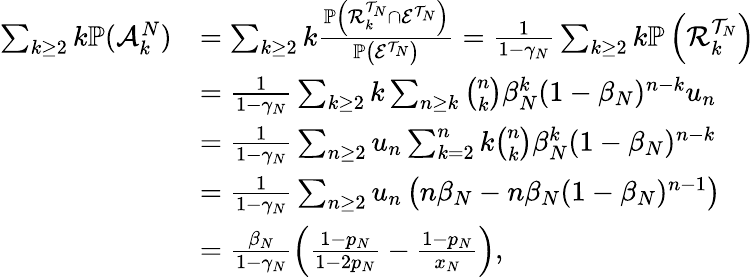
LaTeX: \begin{array}{rl}{\sum_{k\geq 2}k\mathbb{P}(\mathcal{A}_{k}^{N})}&{=\sum_{k\geq 2}k\frac{\mathbb{P}\left(\mathcal{R}_{k}^{\mathcal{T}_{N}}\cap\mathcal{E}^{\mathcal{T}_{N}}\right)}{\mathbb{P}\left(\mathcal{E}^{\mathcal{T}_{N}}\right)}=\frac{1}{1-\gamma_{N}}\sum_{k\geq 2}k\mathbb{P}\left(\mathcal{R}_{k}^{\mathcal{T}_{N}}\right)}\\ &{=\frac{1}{1-\gamma_{N}}\sum_{k\geq 2}k\sum_{n\geq k}\binom{n}{k}\beta_{N}^{k}(1-\beta_{N})^{n-k}u_{n}}\\ &{=\frac{1}{1-\gamma_{N}}\sum_{n\geq 2}u_{n}\sum_{k=2}^{n}k\binom{n}{k}\beta_{N}^{k}(1-\beta_{N})^{n-k}}\\ &{=\frac{1}{1-\gamma_{N}}\sum_{n\geq 2}u_{n}\left(n\beta_{N}-n\beta_{N}(1-\beta_{N})^{n-1}\right)}\\ &{=\frac{\beta_{N}}{1-\gamma_{N}}\left(\frac{1-p_{N}}{1-2p_{N}}-\frac{1-p_{N}}{x_{N}}\right),}\end{array}